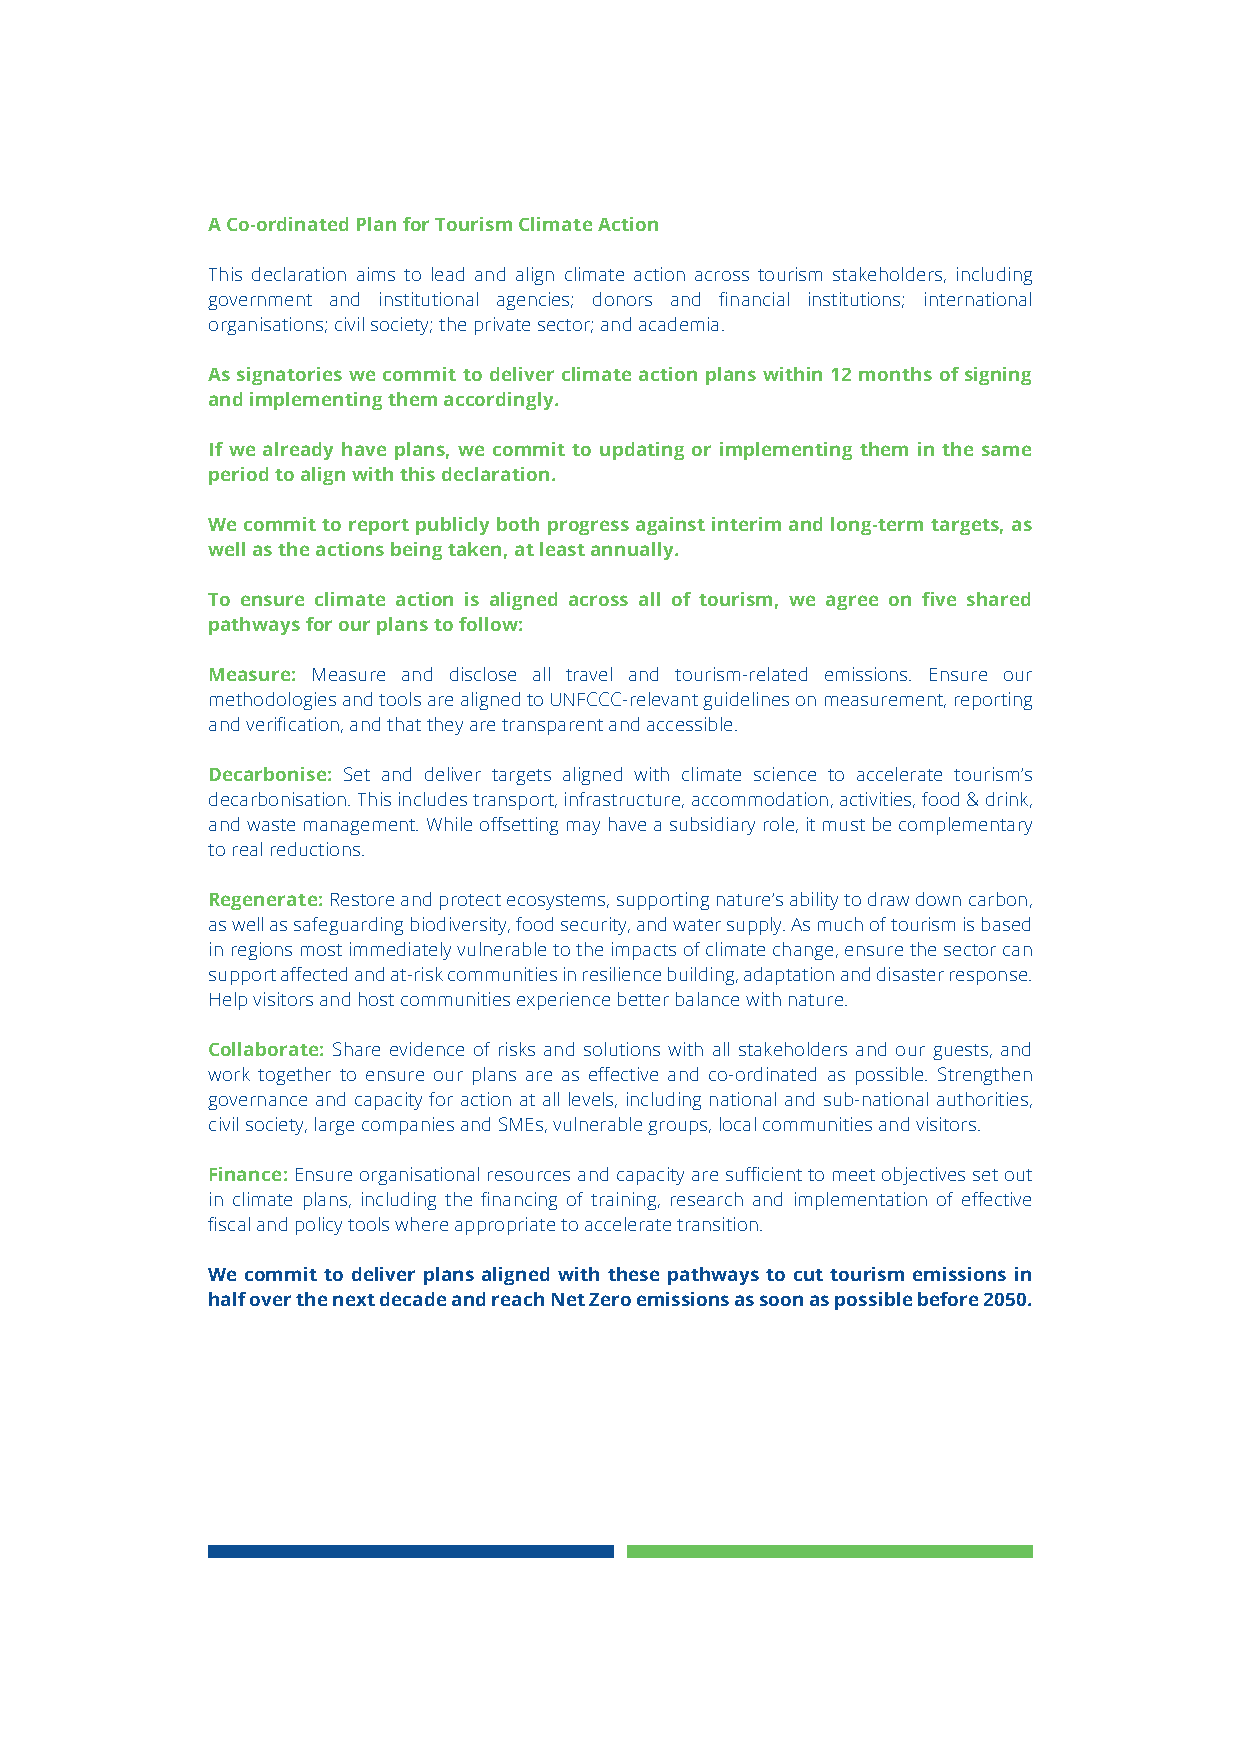
A Co-ordinated Plan for Tourism Climate Action
 This declaration aims to lead and align climate action across tourism stakeholders, including
 government and institutional agencies; donors and financial institutions; international
 organisations; civil society; the private sector; and academia.
 As signatories we commit to deliver climate action plans within 12 months of signing
 and implementing them accordingly.
 If we already have plans, we commit to updating or implementing them in the same
 period to align with this declaration.
 We commit to report publicly both progress against interim and long-term targets, as
 well as the actions being taken, at least annually.
 To ensure climate action is aligned across all of tourism, we agree on five shared
 pathways for our plans to follow:
 Measure: Measure and disclose all travel and tourism-related emissions. Ensure our
 methodologies and tools are aligned to UNFCCC-relevant guidelines on measurement, reporting
 and verification, and that they are transparent and accessible.
 Decarbonise: Set and deliver targets aligned with climate science to accelerate tourism’s
 decarbonisation. This includes transport, infrastructure, accommodation, activities, food & drink,
 and waste management. While offsetting may have a subsidiary role, it must be complementary
 to real reductions.
 Regenerate: Restore and protect ecosystems, supporting nature’s ability to draw down carbon,
 as well as safeguarding biodiversity, food security, and water supply. As much of tourism is based
 in regions most immediately vulnerable to the impacts of climate change, ensure the sector can
 support affected and at-risk communities in resilience building, adaptation and disaster response.
 Help visitors and host communities experience better balance with nature.
 Collaborate: Share evidence of risks and solutions with all stakeholders and our guests, and
 work together to ensure our plans are as effective and co-ordinated as possible. Strengthen
 governance and capacity for action at all levels, including national and sub-national authorities,
 civil society, large companies and SMEs, vulnerable groups, local communities and visitors.
 Finance: Ensure organisational resources and capacity are sufficient to meet objectives set out
 in climate plans, including the financing of training, research and implementation of effective
 fiscal and policy tools where appropriate to accelerate transition.
 We commit to deliver plans aligned with these pathways to cut tourism emissions in
 half over the next decade and reach Net Zero emissions as soon as possible before 2050.